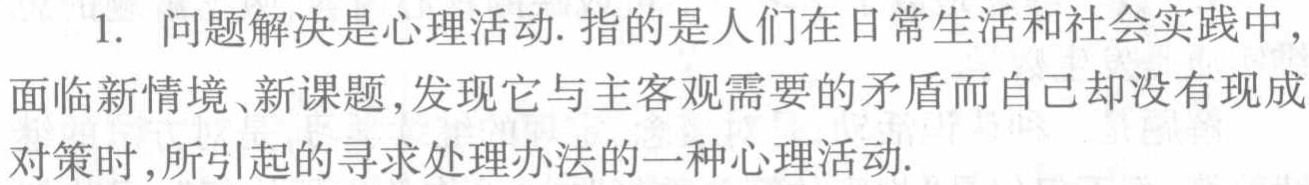
1. 问题解决是心理活动. 指的是人们在日常生活和社会实践中，面临新情境、新课题，发现它与主客观需要的矛盾而自己却没有现成对策时，所引起的寻求处理办法的一种心理活动.